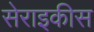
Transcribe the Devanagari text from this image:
सेराइकीस